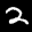
Label: 2